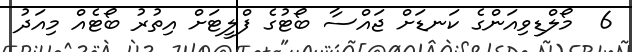
6  މޯލްޑިވިއަންގެ ކަނޑަށް ޖައްސާ ބޯޓުގެ ފްލީޓަށް އިތުރު ބޯޓެއް މިއަދު